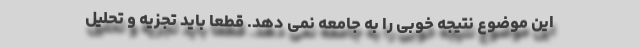
این موضوع نتیجه خوبی را به جامعه نمی دهد. قطعا باید تجزیه و تحلیل